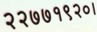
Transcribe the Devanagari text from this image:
२२७७१९२०।